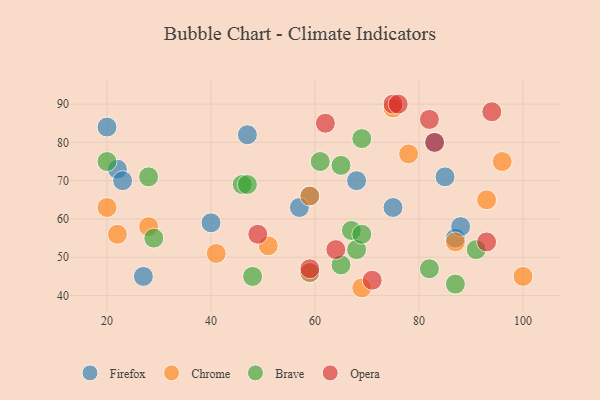
{"axis": {"x": "GDP", "y": "Life Expectancy"}, "legend": ["Brave", "Chrome", "Firefox", "Opera"], "data": [{"x": "40", "y": 59, "type": "Firefox"}, {"x": "87", "y": 55, "type": "Firefox"}, {"x": "22", "y": 73, "type": "Firefox"}, {"x": "85", "y": 71, "type": "Firefox"}, {"x": "59", "y": 46, "type": "Firefox"}, {"x": "88", "y": 58, "type": "Firefox"}, {"x": "75", "y": 63, "type": "Firefox"}, {"x": "59", "y": 66, "type": "Firefox"}, {"x": "47", "y": 82, "type": "Firefox"}, {"x": "23", "y": 70, "type": "Firefox"}, {"x": "57", "y": 63, "type": "Firefox"}, {"x": "83", "y": 80, "type": "Firefox"}, {"x": "20", "y": 84, "type": "Firefox"}, {"x": "27", "y": 45, "type": "Firefox"}, {"x": "68", "y": 70, "type": "Firefox"}, {"x": "75", "y": 89, "type": "Chrome"}, {"x": "96", "y": 75, "type": "Chrome"}, {"x": "69", "y": 42, "type": "Chrome"}, {"x": "100", "y": 45, "type": "Chrome"}, {"x": "51", "y": 53, "type": "Chrome"}, {"x": "20", "y": 63, "type": "Chrome"}, {"x": "87", "y": 54, "type": "Chrome"}, {"x": "93", "y": 65, "type": "Chrome"}, {"x": "22", "y": 56, "type": "Chrome"}, {"x": "78", "y": 77, "type": "Chrome"}, {"x": "41", "y": 51, "type": "Chrome"}, {"x": "28", "y": 58, "type": "Chrome"}, {"x": "59", "y": 46, "type": "Chrome"}, {"x": "59", "y": 66, "type": "Chrome"}, {"x": "48", "y": 45, "type": "Brave"}, {"x": "91", "y": 52, "type": "Brave"}, {"x": "87", "y": 43, "type": "Brave"}, {"x": "69", "y": 81, "type": "Brave"}, {"x": "28", "y": 71, "type": "Brave"}, {"x": "20", "y": 75, "type": "Brave"}, {"x": "46", "y": 69, "type": "Brave"}, {"x": "61", "y": 75, "type": "Brave"}, {"x": "47", "y": 69, "type": "Brave"}, {"x": "65", "y": 48, "type": "Brave"}, {"x": "67", "y": 57, "type": "Brave"}, {"x": "29", "y": 55, "type": "Brave"}, {"x": "68", "y": 52, "type": "Brave"}, {"x": "82", "y": 47, "type": "Brave"}, {"x": "65", "y": 74, "type": "Brave"}, {"x": "69", "y": 56, "type": "Brave"}, {"x": "93", "y": 54, "type": "Opera"}, {"x": "94", "y": 88, "type": "Opera"}, {"x": "62", "y": 85, "type": "Opera"}, {"x": "71", "y": 44, "type": "Opera"}, {"x": "75", "y": 90, "type": "Opera"}, {"x": "76", "y": 90, "type": "Opera"}, {"x": "49", "y": 56, "type": "Opera"}, {"x": "83", "y": 80, "type": "Opera"}, {"x": "59", "y": 47, "type": "Opera"}, {"x": "64", "y": 52, "type": "Opera"}, {"x": "82", "y": 86, "type": "Opera"}]}